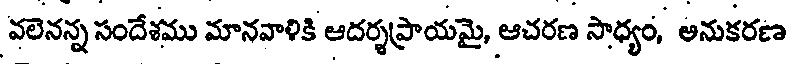
వలెనన్న సందేశము మానవాళికి ఆదర్శప్రాయమై, ఆచరణ సాధ్యం, అనుకరణ